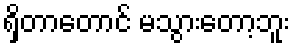
ရှိတာတောင် မသွားတော့ဘူး